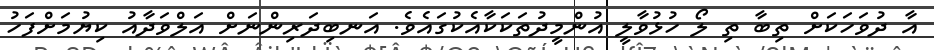
އާ ދުވަހަކަށް ތިބާ ތި ލޯ ހުޅުވާލީ އުންމީދުތަކަކާއެކުގައެވެ. އަނބިދަރިންނަށް އަލްވަދާއު ކިޔުމަށްފަހު